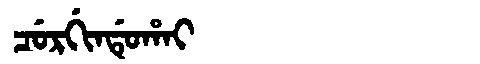
Manchu: ᠴᡠᡵᡤᡳᠨᡩᡠᡥᠠᡳ
Romanization: CURGINDUHAI